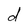
Character: d